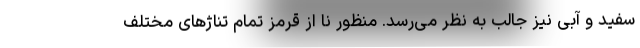
سفید و آبی نیز جالب به نظر می‌رسد. منظور نا از قرمز تمام تناژهای مختلف